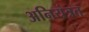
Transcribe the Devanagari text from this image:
अनियंत्रत